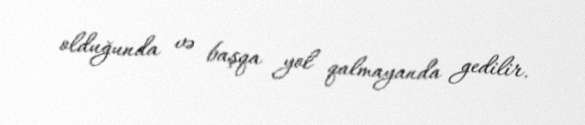
olduğunda və başqa yol qalmayanda gedilir.